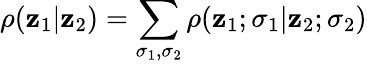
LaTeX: \rho(\mathbf{z}_{1}|\mathbf{z}_{2})=\sum_{\sigma_{1},\sigma_{2}}\rho(\mathbf{z}_{1};\sigma_{1}|\mathbf{z}_{2};\sigma_{2})